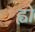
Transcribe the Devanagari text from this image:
ह्वो